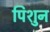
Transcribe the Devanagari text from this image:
पिशुन